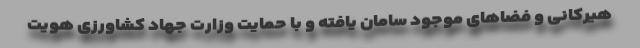
هیرکانی و فضاهای موجود سامان یافته و با حمایت وزارت جهاد کشاورزی هویت